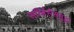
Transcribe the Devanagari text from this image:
सर्व्हिसेससुद्धा